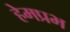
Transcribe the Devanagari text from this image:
हेमप्रभ